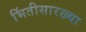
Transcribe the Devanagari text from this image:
भिंतीसारख्या